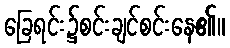
ခြေရင်း၌စင်းချင်စင်းနေ၏။